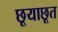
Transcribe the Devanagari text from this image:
छूयाछूत